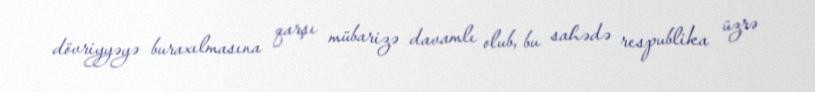
dövriyyəyə buraxılmasına qarşı mübarizə davamlı olub, bu sahədə respublika üzrə